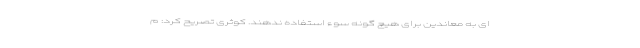
ای به معاندین برای هیچ گونه سوء استفاده ندهند. کوثری تصریح کرد: م